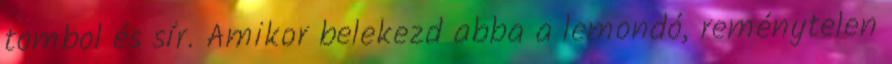
tombol és sír. Amikor belekezd abba a lemondó, reménytelen